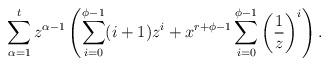
LaTeX: \begin{align*}\sum_{\alpha=1}^tz^{\alpha-1}\left(\sum_{i=0}^{\phi-1}(i+1)z^i+x^{r+\phi-1}\sum_{i=0}^{\phi-1}\left(\frac{1}{z}\right)^i\right).\end{align*}